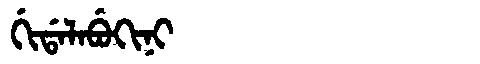
Manchu: ᡤᡳᡩᠠᠯᠠᠪᡠᡴᡳᠨᡳ
Romanization: GIDALABUKINI